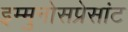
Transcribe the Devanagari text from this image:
इम्मुनोसप्रेसांट